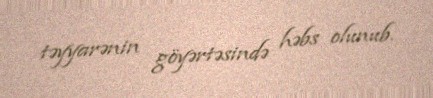
təyyarənin göyərtəsində həbs olunub.